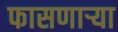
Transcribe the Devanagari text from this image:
फासणाऱ्या